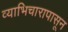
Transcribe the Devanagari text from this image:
व्याभिचारापासून